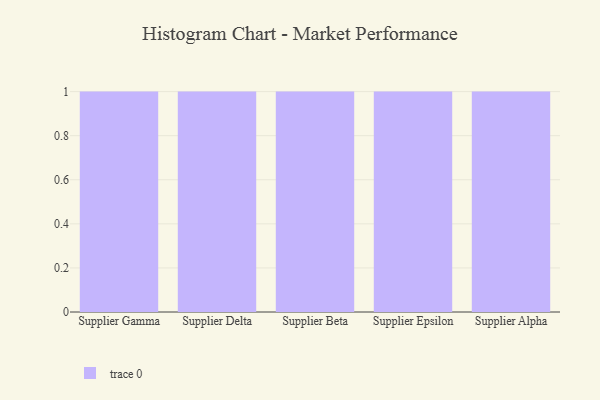
{"axis": {"x": "Supplier", "y": "Tickets Resolved"}, "legend": [""], "data": [{"x": "Supplier Gamma", "y": 94, "type": ""}, {"x": "Supplier Delta", "y": 60, "type": ""}, {"x": "Supplier Beta", "y": 58, "type": ""}, {"x": "Supplier Epsilon", "y": 50, "type": ""}, {"x": "Supplier Alpha", "y": 79, "type": ""}]}